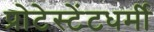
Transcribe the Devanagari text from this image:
प्रोटेस्टेंटधर्मी